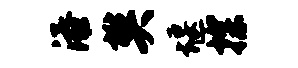
添樊堰探